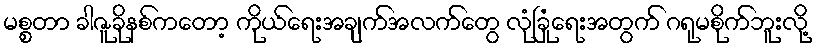
မစ္စတာ ခါဇူခိုနစ်ကတော့ ကိုယ်ရေးအချက်အလက်တွေ လုံခြုံရေးအတွက် ဂရုမစိုက်ဘူးလို့